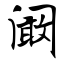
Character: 阚